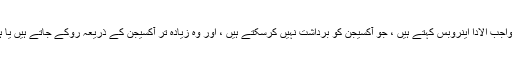
یہاں انیروبس کو واجب الادا اینروبس کہتے ہیں ، جو آکسیجن کو برداشت نہیں کرسکتے ہیں ، اور وہ زیادہ تر آکسیجن کے ذریعہ روکے جاتے ہیں یا ہلاک ہوجاتے ہیں۔